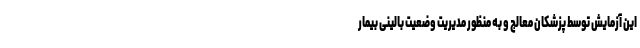
این آزمایش توسط پزشکان معالج و به منظور مدیریت وضعیت بالینی بیمار